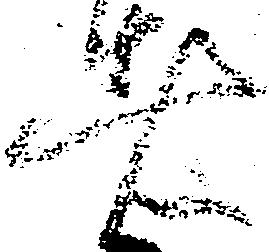
者